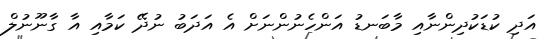
އަދި ކުޑަކުދިންނާއި މާބަނޑު އަންހެނުންނަށް އެ އަދަބު ނުދޭ ކަމާއި އާ ގާނޫނުލް